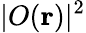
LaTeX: |O(\mathbf{r})|^{2}